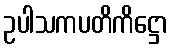
ဥပါသကပတိကိဋ္ဌော